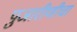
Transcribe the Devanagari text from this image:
पुजारीणीचा